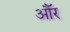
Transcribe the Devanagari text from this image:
औॅर